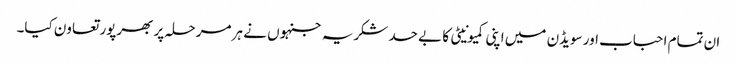
ان تمام احباب اور سویڈن میں اپنی کمیونیٹی کا بے حد شکریہ جنہوں نے ہر مرحلہ پر بھرپور تعاون کیا۔